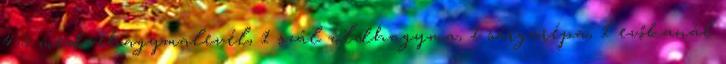
4-5 medvehagymalevél, 1 szál zöldhagyma, 1 sárgarépa, 1 evőkanál